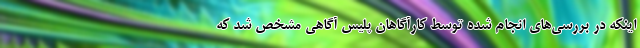
اینکه در بررسی‌های انجام شده توسط کارآگاهان پلیس آگاهی مشخص شد که